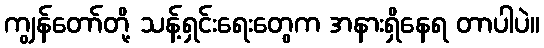
ကျွန်တော်တို့ သန့်ရှင်းရေးတွေက အနားရှိနေရ တာပါပဲ။